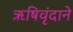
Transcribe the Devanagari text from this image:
ऋषिवृंदाने